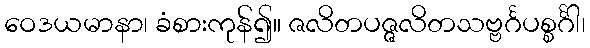
ဝေဒယမာနာ၊ ခံစားကုန်၍။ ဇလိတပဇ္ဇလိတသဗ္ဗင်္ဂပစ္စင်္ဂါ၊